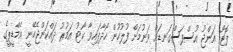
ފޮޓޯ: އަންޖު އުސްފަސްގަނޑަށް ވަނުމަށް ފުލުހުން ހޯދާފައިވާ ކޯޓު އަމުރު ދައްކަންޖެހޭނީ އެމްޑީޕީގެ